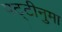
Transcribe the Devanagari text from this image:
पट्टीनुमा